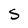
Character: S